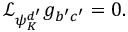
\mathcal { L } _ { \psi _ { K } ^ { d ^ { \prime } } } g _ { b ^ { \prime } c ^ { \prime } } = 0 .